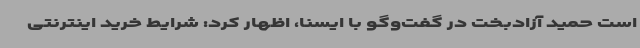
است حمید آزادبخت در گفت‌وگو با ایسنا، اظهار کرد: شرایط خرید اینترنتی